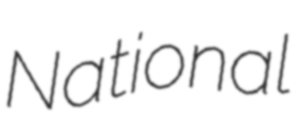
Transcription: National